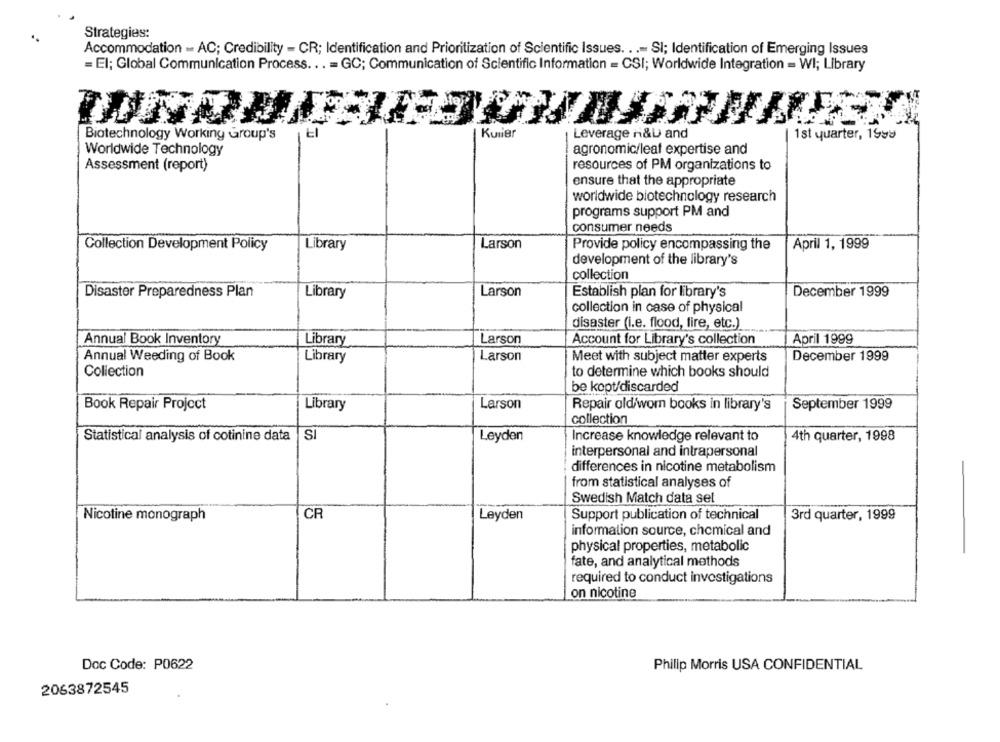
Strategies:
Accommodation - AC; Credibility - CR; Identification and Prioritization of Scientific Issues. ..- SI; Identification of Emerging Issues
= El; Global Communication Process ... = GC; Communication of Scientific Information = CSI; Worldwide Integration = WI; Library
Kuller
Leverage n&D and
Biotechnology Working Group's
1st quarter, 199
Worldwide Technology
agronomic/leaf expertise and
Assessment (report)
resources of PM organizations to
ensure that the appropriate
worldwide biotechnology research
programs support PM and
consumer needs
Larson
Collection Development Policy
Library
Provide policy encompassing the
April 1, 1999
development of the library's
collection
Disaster Preparedness Plan
Library
Larson
Establish plan for library's
December 1999
collection in case of physical
disaster (i.e. flood, fire, etc.)
Annual Book Inventory
Library
Larson
Account for Library's collection
April 1999
December 1999
Annual Weeding of Book
Library
Larson
Meet with subject matter experts
Collection
to determine which books should
be kept/discarded
Book Repair Project
Library
Larson
Repair old/worn books in library's
September 1999
collection
Statistical analysis of cotinine data SI
Leyden
Increase knowledge relevant to
4th quarter, 1998
interpersonal and intrapersonal
differences in nicotine metabolism
from statistical analyses of
Swedish Match data set
Nicotine monograph
CR
Leyden
Support publication of technical
3rd quarter, 1999
information source, chemical and
physical properties, metabolic
fate, and analytical methods
required to conduct investigations
on nicotine
Doc Code: P0622
Philip Morris USA CONFIDENTIAL
2063872545